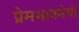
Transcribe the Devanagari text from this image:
प्रेमभावनेची